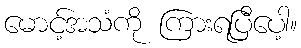
မောင့်အသံကို ကြားရပြီပေါ့။